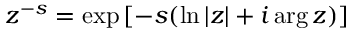
z ^ { - s } = \exp \left[ - s ( \ln | z | + i \arg z ) \right]